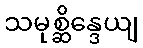
သမုစ္ဆိန္ဒေယျ